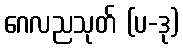
ဂေလညသုတ် (ပ-ဒု)